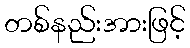
တစ်နည်းအားဖြင့်